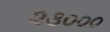
૨૩૦૦૦